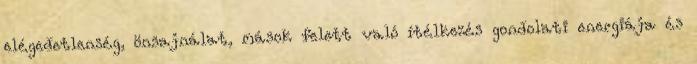
elégedetlenség, önsajnálat, mások felett való ítélkezés gondolati energiája és